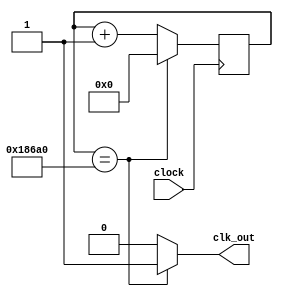
`timescale 1ns / 1ps
//////////////////////////////////////////////////////////////////////////////////
// Company: 
// Engineer: 
// 
// Design Name: 
// Module Name: divide
// Project Name: 
// Target Devices: 
// Tool Versions: 
// Description: 
// 
// Dependencies: 
// 
// Revision:
// Revision 0.01 - File Created
// Additional Comments:
// 
//////////////////////////////////////////////////////////////////////////////////
module divider(
    input clock,
    output clk_out
    );
    
    reg elapsed;//elapsed time 1 second
    reg [27:0] state;
    
    always @ (posedge clock)
    if (state == 100000) state <= 0;
        else state <= state + 1;
        
    always @(state)
    if (state == 100000) elapsed = 1;
        else elapsed = 0;
        
    assign clk_out = elapsed;
    
endmodule